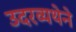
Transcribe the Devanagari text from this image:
उदरव्यथेने